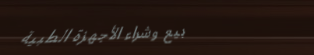
بيع وشراء الأجهزة الطبية